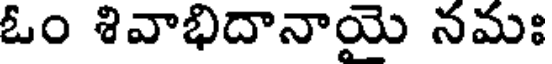
ఓం శివాభిదానాయై నమః